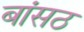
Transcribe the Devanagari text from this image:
बांसठ